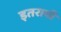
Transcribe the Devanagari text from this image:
इतरायी